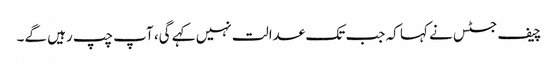
چیف جسٹس نے کہا کہ جب تک عدالت نہیں کہے گی، آپ چپ رہیں گے۔